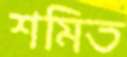
শমিত